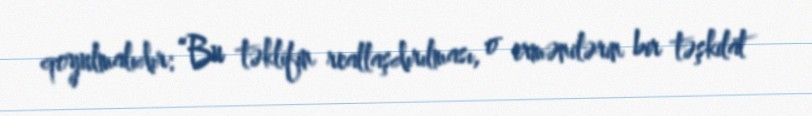
qoyulmalıdır: “Bu təklifin reallaşdırılması, o ermənilərin bir təşkilat